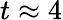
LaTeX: t\approx 4